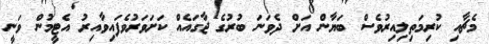
މެޗާއި ކުރިމަތިލިއިރުވެސް ބަޔާން އަށް ދެވަނަ ބުރުގެ ޖާގައެއް ކަށަވަރުވެފައިވާއިރު އެޓީމުން ވަނީ